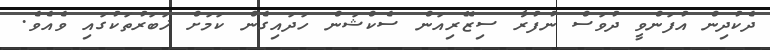
ދެކުދިން އުފަންވީ ދުވަސް ނުފުރާ ސިޒޭރިއަން ސެކްޝަން ހަދައިގެން ކަމަށް ޚަބަރުތަކުގައި ވެއެވެ.